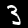
Digit: 3